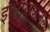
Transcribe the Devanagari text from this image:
इंस्ट्रकशनल